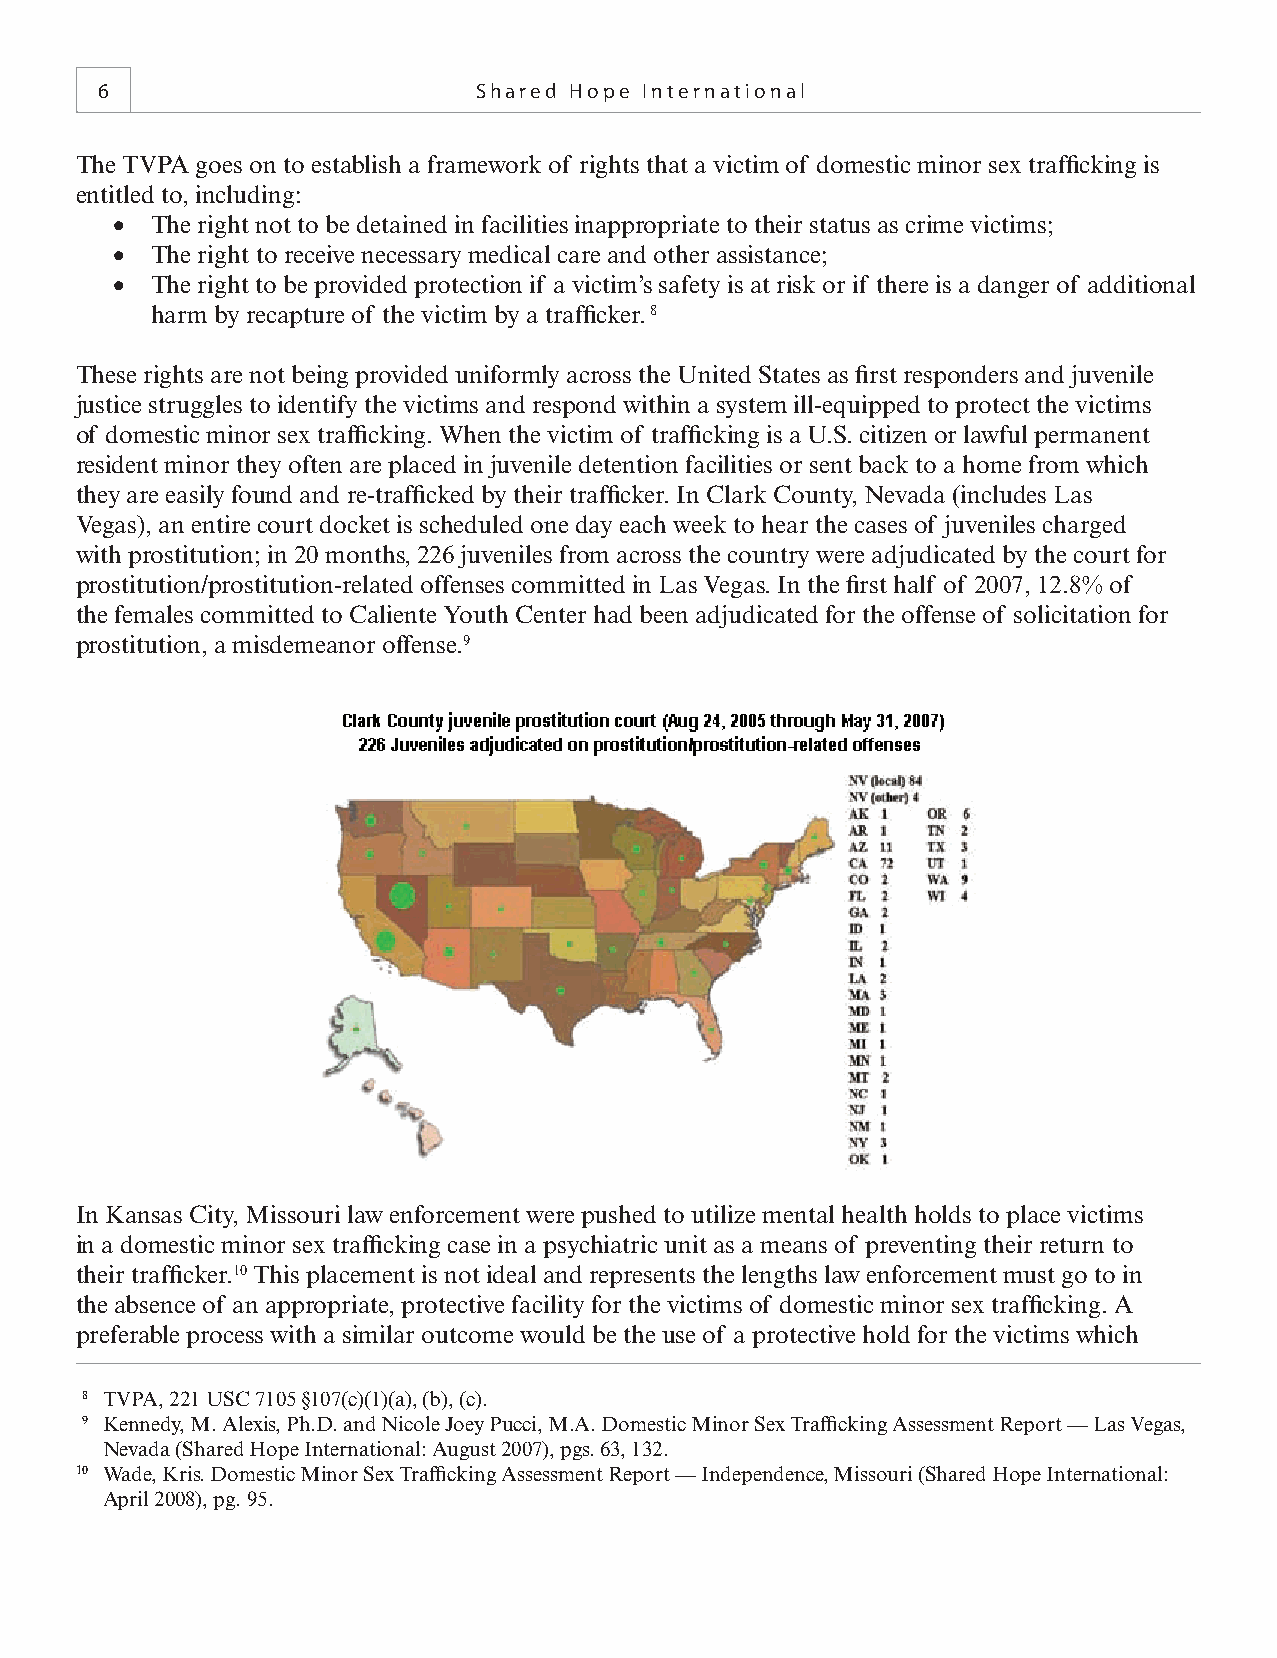
6                        Shared Hope International
 The TVPA goes on to establish a framework of rights that a victim of domestic minor sex traffi cking is
 entitled to, including:
 •  The right not to be detained in facilities inappropriate to their status as crime victims;
 •  The right to receive necessary medical care and other assistance;
 •  The right to be provided protection if a victim’s safety is at risk or if there is a danger of additional
 harm by recapture of the victim by a traffi cker. 8
 These rights are not being provided uniformly across the United States as fi rst responders and juvenile
 justice struggles to identify the victims and respond within a system ill-equipped to protect the victims
 of domestic minor sex traffi cking. When the victim of traffi cking is a U.S. citizen or lawful permanent
 resident minor they often are placed in juvenile detention facilities or sent back to a home from which
 they are easily found and re-traffi cked by their traffi cker. In Clark County, Nevada (includes Las
 Vegas), an entire court docket is scheduled one day each week to hear the cases of juveniles charged
 with prostitution; in 20 months, 226 juveniles from across the country were adjudicated by the court for
 prostitution/prostitution-related offenses committed in Las Vegas. In the fi rst half of 2007, 12.8% of
 the females committed to Caliente Youth Center had been adjudicated for the offense of solicitation for
 prostitution, a misdemeanor offense.9
 In Kansas City, Missouri law enforcement were pushed to utilize mental health holds to place victims
 in a domestic minor sex traffi cking case in a psychiatric unit as a means of preventing their return to
 their traffi cker.10 This placement is not ideal and represents the lengths law enforcement must go to in
 the absence of an appropriate, protective facility for the victims of domestic minor sex traffi cking. A
 preferable process with a similar outcome would be the use of a protective hold for the victims which
 8 TVPA, 221 USC 7105 §107(c)(1)(a), (b), (c).
 9 Kennedy, M. Alexis, Ph.D. and Nicole Joey Pucci, M.A. Domestic Minor Sex Traffi cking Assessment Report — Las Vegas,
 Nevada (Shared Hope International: August 2007), pgs. 63, 132.
 10 Wade, Kris. Domestic Minor Sex Traffi cking Assessment Report — Independence, Missouri (Shared Hope International:
 April 2008), pg. 95.